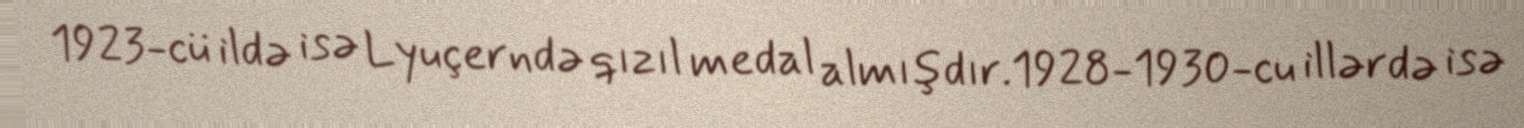
1923-cü ildə isə Lyuçerndə qızıl medal almışdır.1928-1930-cu illərdə isə